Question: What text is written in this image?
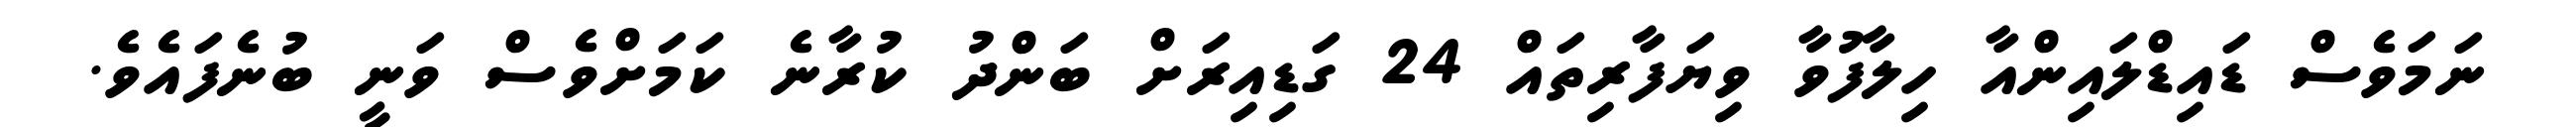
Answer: ނަމަވެސް ޑައިޑްލައިންއާ ހިލާފުވާ ވިޔަފާރިތައް 24 ގަޑިއިރަށް ބަންދު ކުރާނެ ކަމަށްވެސް ވަނީ ބުނެފައެވެ.